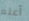
أعلم